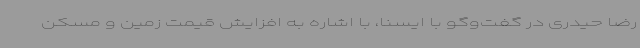
رضا حیدری در گفت‌وگو با ایسنا، با اشاره به افزایش قیمت زمین و مسکن